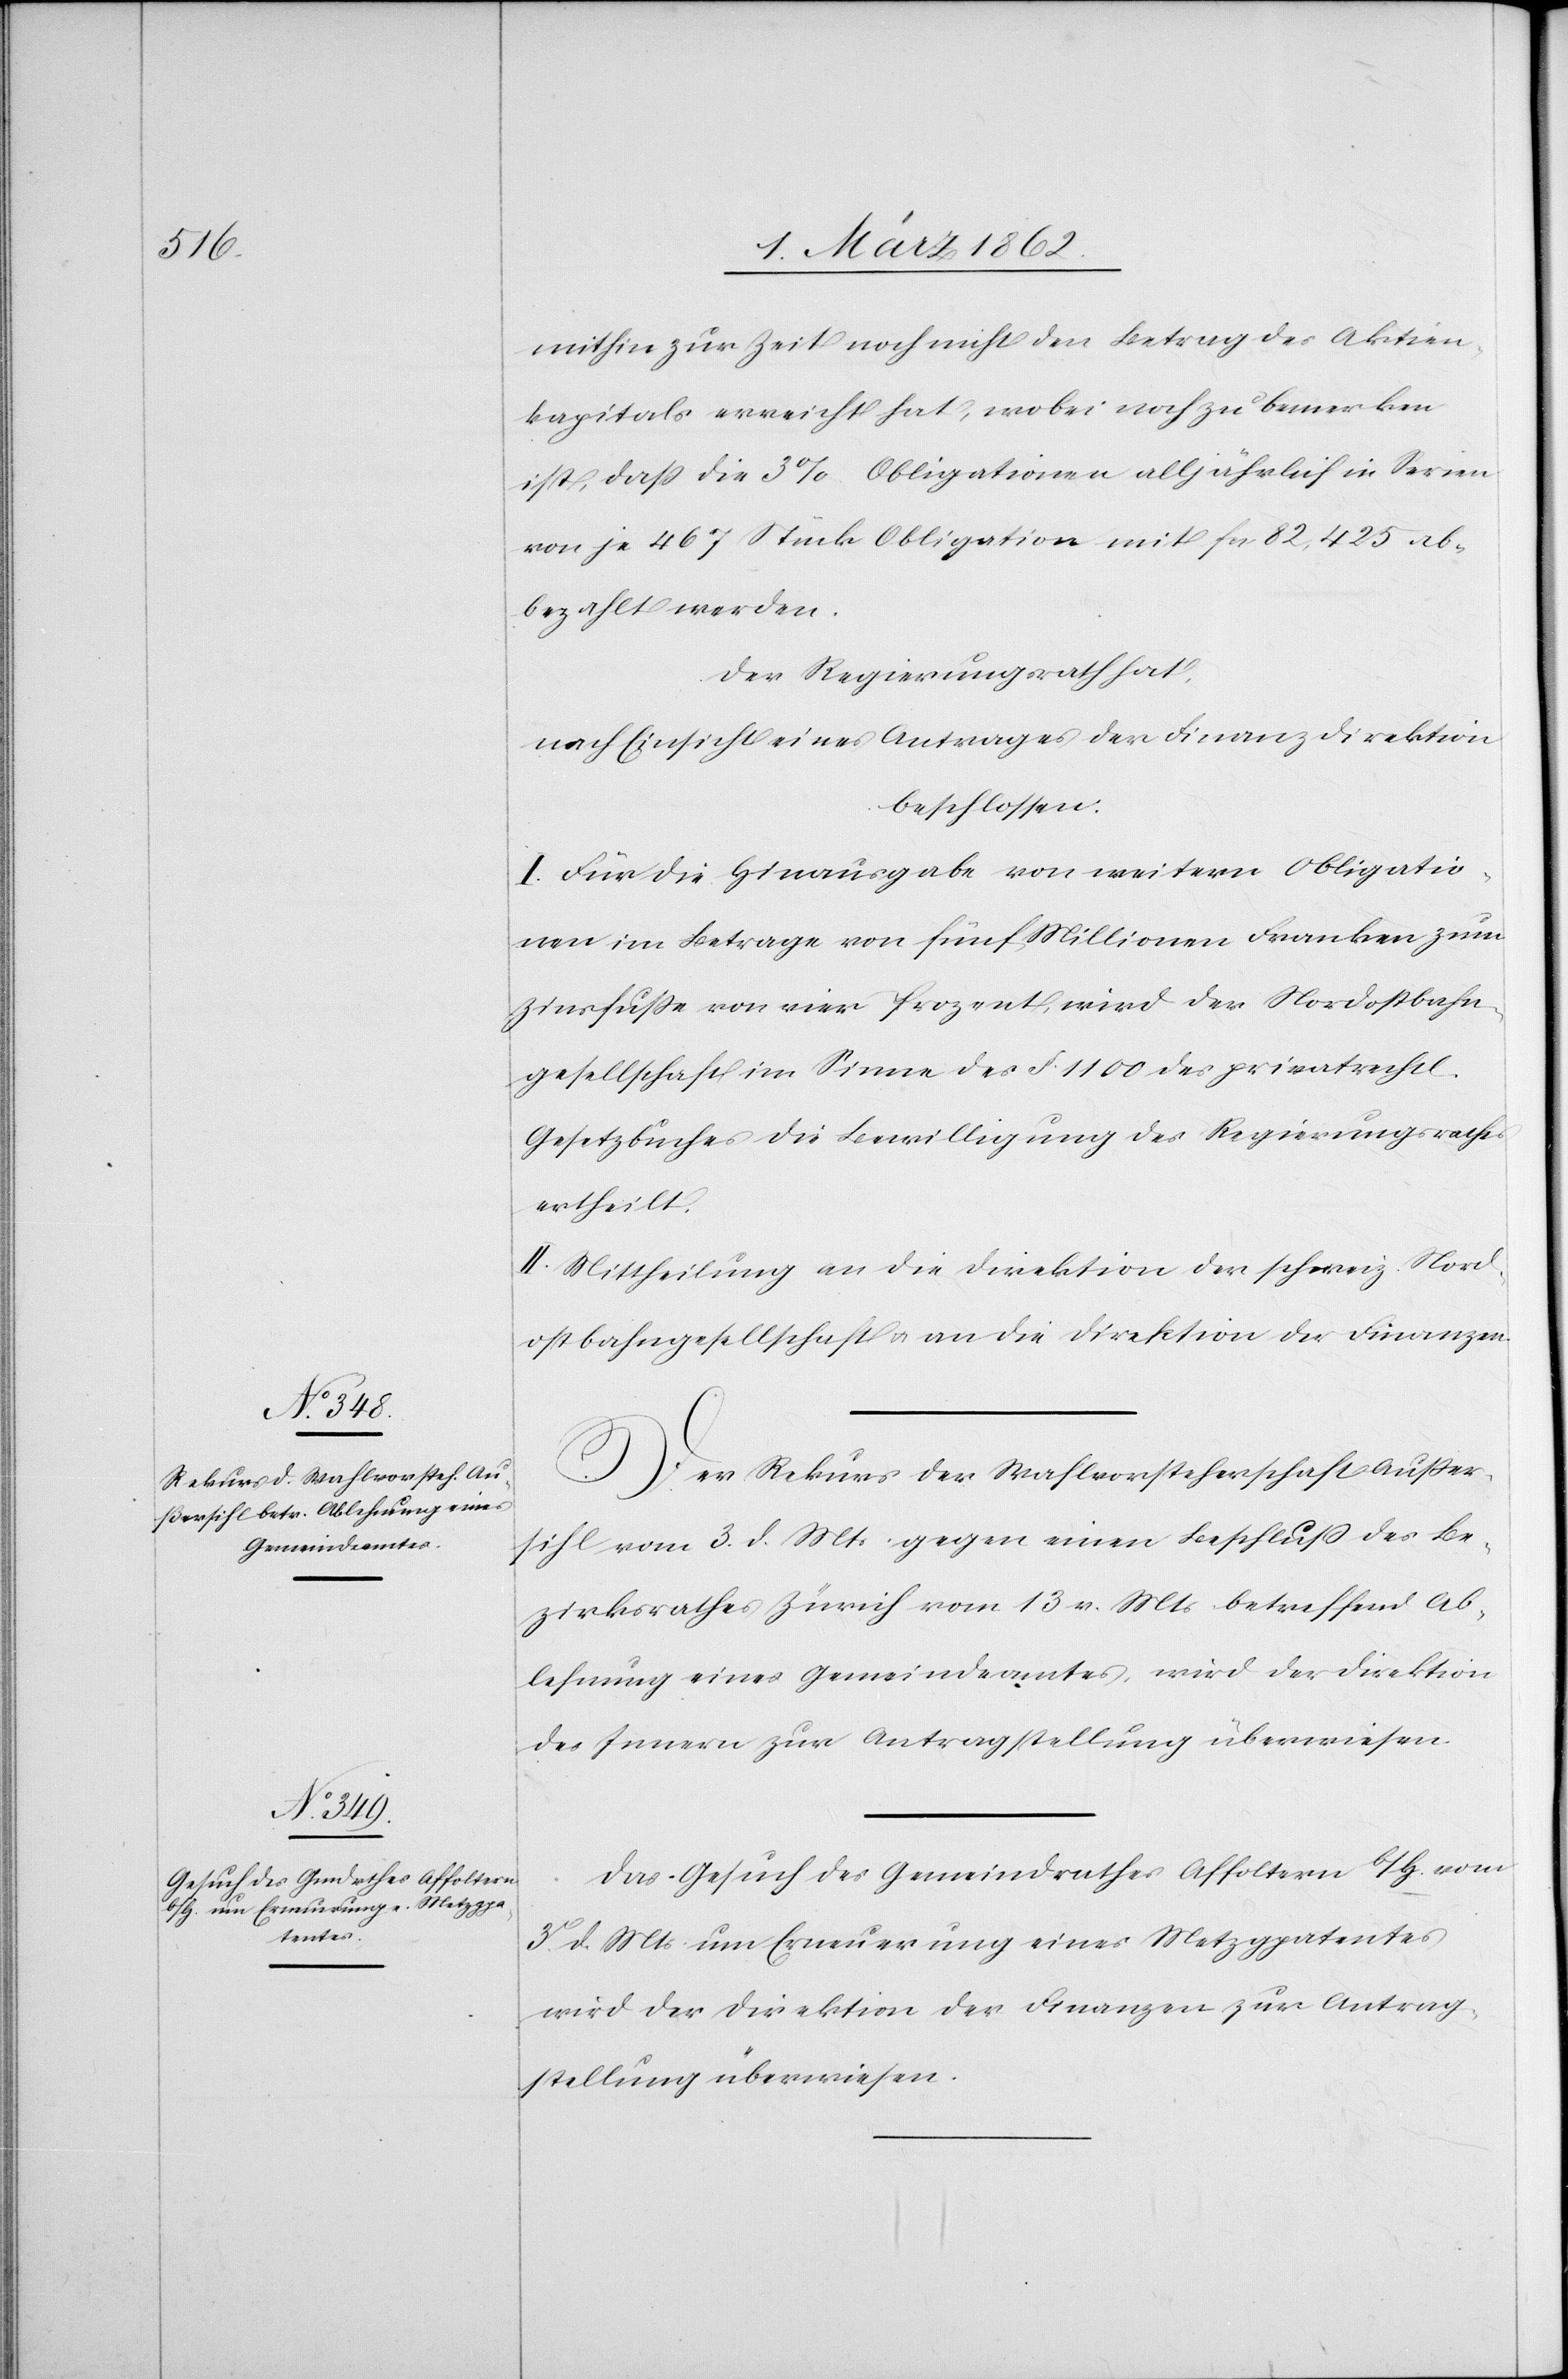
mithin zur Zeit noch nicht den Betrag des Aktien¬
kapitals erreicht hat, wobei noch zu bemerken
ist, daß die 3% Obligationen mit fcs 82,425 abbezahlt
Der Regierungsrath hat,
nach Einsicht eines Antrages der Finanzdirektion
beschlossen:
I. Für die Hinausgabe von weitern Obligatio¬
nen im Betrage von fünf Millionen Franken zum
Zinsfuße von vier Prozent, wird der Nordostbahn¬
gesellschaft im Sinne des §. 1100 des privatrechtl.
Gesetzbuches die Bewilligung des Regierungsrathes
ertheilt.
II. Mittheilung an die Direktion der schweiz. Nord¬
ostbahngesellschaft u. an die Direktion der Finanzen.
Der Rekurs der Wahlvorsteherschaft Außer¬
sihl vom 3. d. Mts. gegen einen Beschluß des Be¬
zirksrathes Zürich vom 13 v. Mts betreffend Ab¬
lehnung eines Gemeindeamtes, wird der Direktion
des Innern zur Antragstellung überwiesen.
Das Gesuch des Gemeindrathes Affoltern b/H. vom
3. d. Mts um Erneuerung eines Metzgpatentes
wird der Direktion der Finanzen zur Antrag¬
stellung überwiesen.